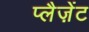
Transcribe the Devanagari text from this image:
प्लैज़ेंट